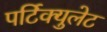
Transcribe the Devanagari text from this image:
पर्टिक्युलेट